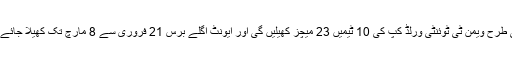
اسی طرح ویمن ٹی ٹوئنٹی ورلڈ کپ کی 10 ٹیمیں 23 میچز کھیلیں گی اور ایونٹ اگلے برس 21 فروری سے 8 مارچ تک کھیلا جائے گا۔